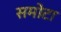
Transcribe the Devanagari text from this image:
समोटा